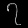
Digit: ၇